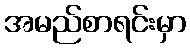
အမည်စာရင်းမှာ